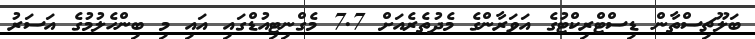
ބަލޫޗިސްތާން ޑިސްޓްރިކްޓުގެ އަވަރާންގެ މެދުތެރެއަށް 7.7 މެގްނިޓިއުޑްގައި އައި މި ބިންހެލުމުގެ އަސަރު